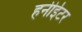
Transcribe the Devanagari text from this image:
हनीईटर